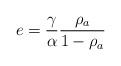
LaTeX: \begin{align*} e= \frac{\gamma}{\alpha} \frac{\rho_a}{1-\rho_a}\end{align*}